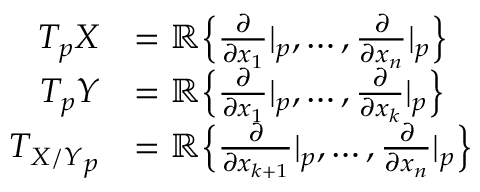
{ \begin{array} { r l } { T _ { p } X } & { = \mathbb { R } { \Big \lbrace } { \frac { \partial } { \partial x _ { 1 } } } | _ { p } , \dots , { \frac { \partial } { \partial x _ { n } } } | _ { p } { \Big \rbrace } } \\ { T _ { p } Y } & { = \mathbb { R } { \Big \lbrace } { \frac { \partial } { \partial x _ { 1 } } } | _ { p } , \dots , { \frac { \partial } { \partial x _ { k } } } | _ { p } { \Big \rbrace } } \\ { { T _ { X / Y } } _ { p } } & { = \mathbb { R } { \Big \lbrace } { \frac { \partial } { \partial x _ { k + 1 } } } | _ { p } , \dots , { \frac { \partial } { \partial x _ { n } } } | _ { p } { \Big \rbrace } } \end{array} }